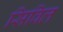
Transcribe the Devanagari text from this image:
सिविल